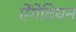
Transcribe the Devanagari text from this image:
ऐंगेवियन